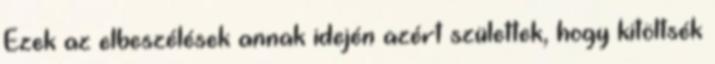
Ezek az elbeszélések annak idején azért születtek, hogy kitöltsék